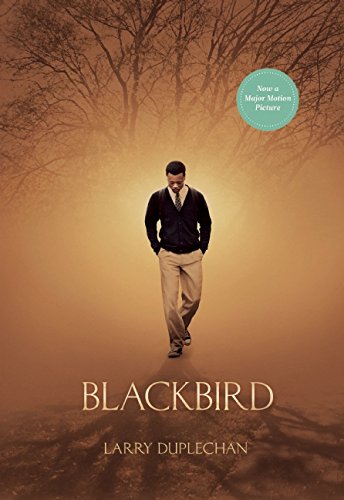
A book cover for Blackbird (Movie Tie-In Edition) (Little Sister's Classics); Larry Duplechan; Teen & Young Adult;